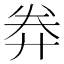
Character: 𢍊